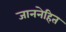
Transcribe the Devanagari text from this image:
जाननेहित